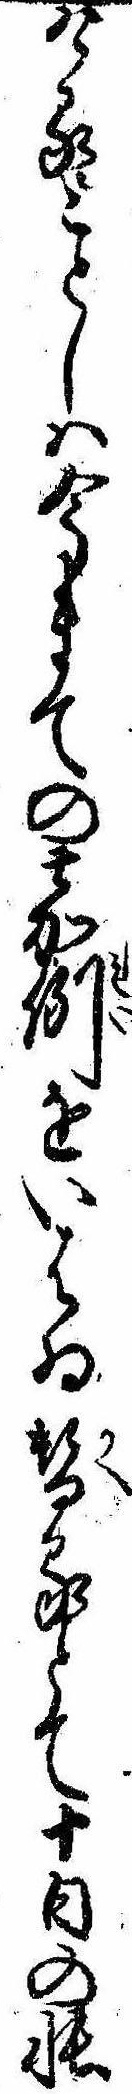
けることしは今まての嘉例をいはゐ替るとて十日の帳